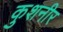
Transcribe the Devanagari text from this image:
कुशनीर